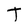
Character: T